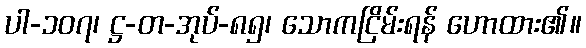
ပါ-၁၀၇၊ ဋ္ဌ-တ-အုပ်-၈၅၊ သောကငြိမ်းရန် ဟောထား၏။